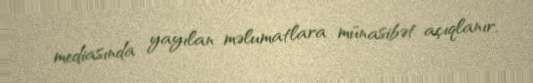
mediasında yayılan məlumatlara münasibət açıqlanır.